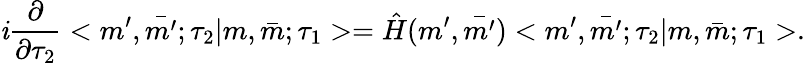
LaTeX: \mathit{i}\frac{{\partial}}{{\partial\tau_{2}}}<m^{\prime},\bar{{m^{\prime}}};\tau_{2}|m,\bar{{m}};\tau_{1}>=\hat{{H}}(m^{\prime},\bar{{m^{\prime}}})<m^{\prime},\bar{{m^{\prime}}};\tau_{2}|m,\bar{{m}};\tau_{1}>.